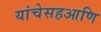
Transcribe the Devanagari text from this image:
यांचेसहआणि